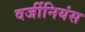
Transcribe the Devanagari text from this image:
वर्जीनियंस